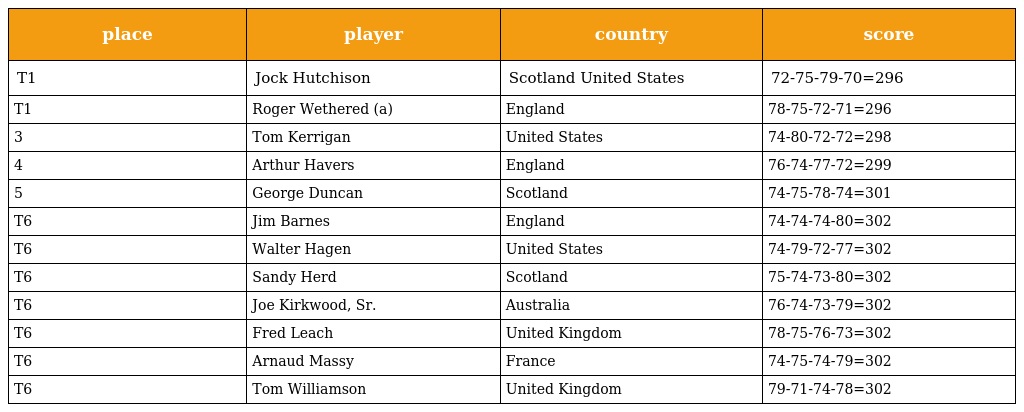
| place | player | country | score |
 | --- | --- | --- | --- |
 | T1 | Jock Hutchison | Scotland United States | 72-75-79-70=296 |
 | T1 | Roger Wethered (a) | England | 78-75-72-71=296 |
 | 3 | Tom Kerrigan | United States | 74-80-72-72=298 |
 | 4 | Arthur Havers | England | 76-74-77-72=299 |
 | 5 | George Duncan | Scotland | 74-75-78-74=301 |
 | T6 | Jim Barnes | England | 74-74-74-80=302 |
 | T6 | Walter Hagen | United States | 74-79-72-77=302 |
 | T6 | Sandy Herd | Scotland | 75-74-73-80=302 |
 | T6 | Joe Kirkwood, Sr. | Australia | 76-74-73-79=302 |
 | T6 | Fred Leach | United Kingdom | 78-75-76-73=302 |
 | T6 | Arnaud Massy | France | 74-75-74-79=302 |
 | T6 | Tom Williamson | United Kingdom | 79-71-74-78=302 |